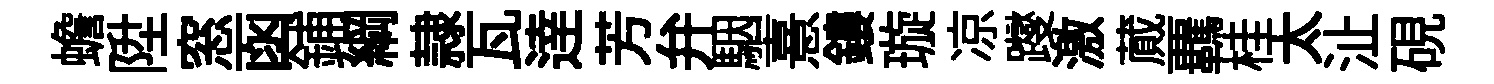
蟾陞窓函鋪綱隷瓦逹芳弁駰憙鏤璇凉躞激蕆覊桂太沚硯